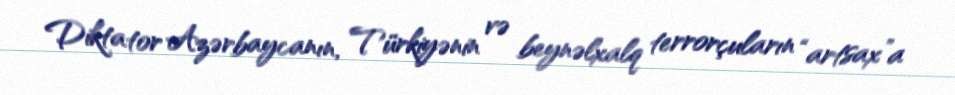
Diktator Azərbaycanın, Türkiyənin və beynəlxalq terrorçuların “artsax”a